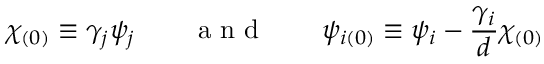
\chi _ { ( 0 ) } \equiv \gamma _ { j } \psi _ { j } \qquad \textup { a n d } \qquad \psi _ { i ( 0 ) } \equiv \psi _ { i } - \frac { \gamma _ { i } } { d } \chi _ { ( 0 ) }